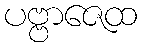
ပဗ္ဗာဇေထ